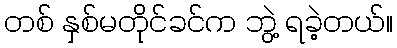
တစ် နှစ်မတိုင်ခင်က ဘွဲ့ ရခဲ့တယ်။